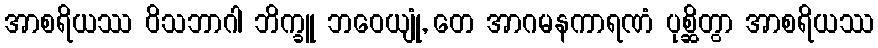
အာစရိယဿ ဝိသဘာဂါ ဘိက္ခူ ဘဝေယျုံ, တေ အာဂမနကာရဏံ ပုစ္ဆိတွာ အာစရိယဿ